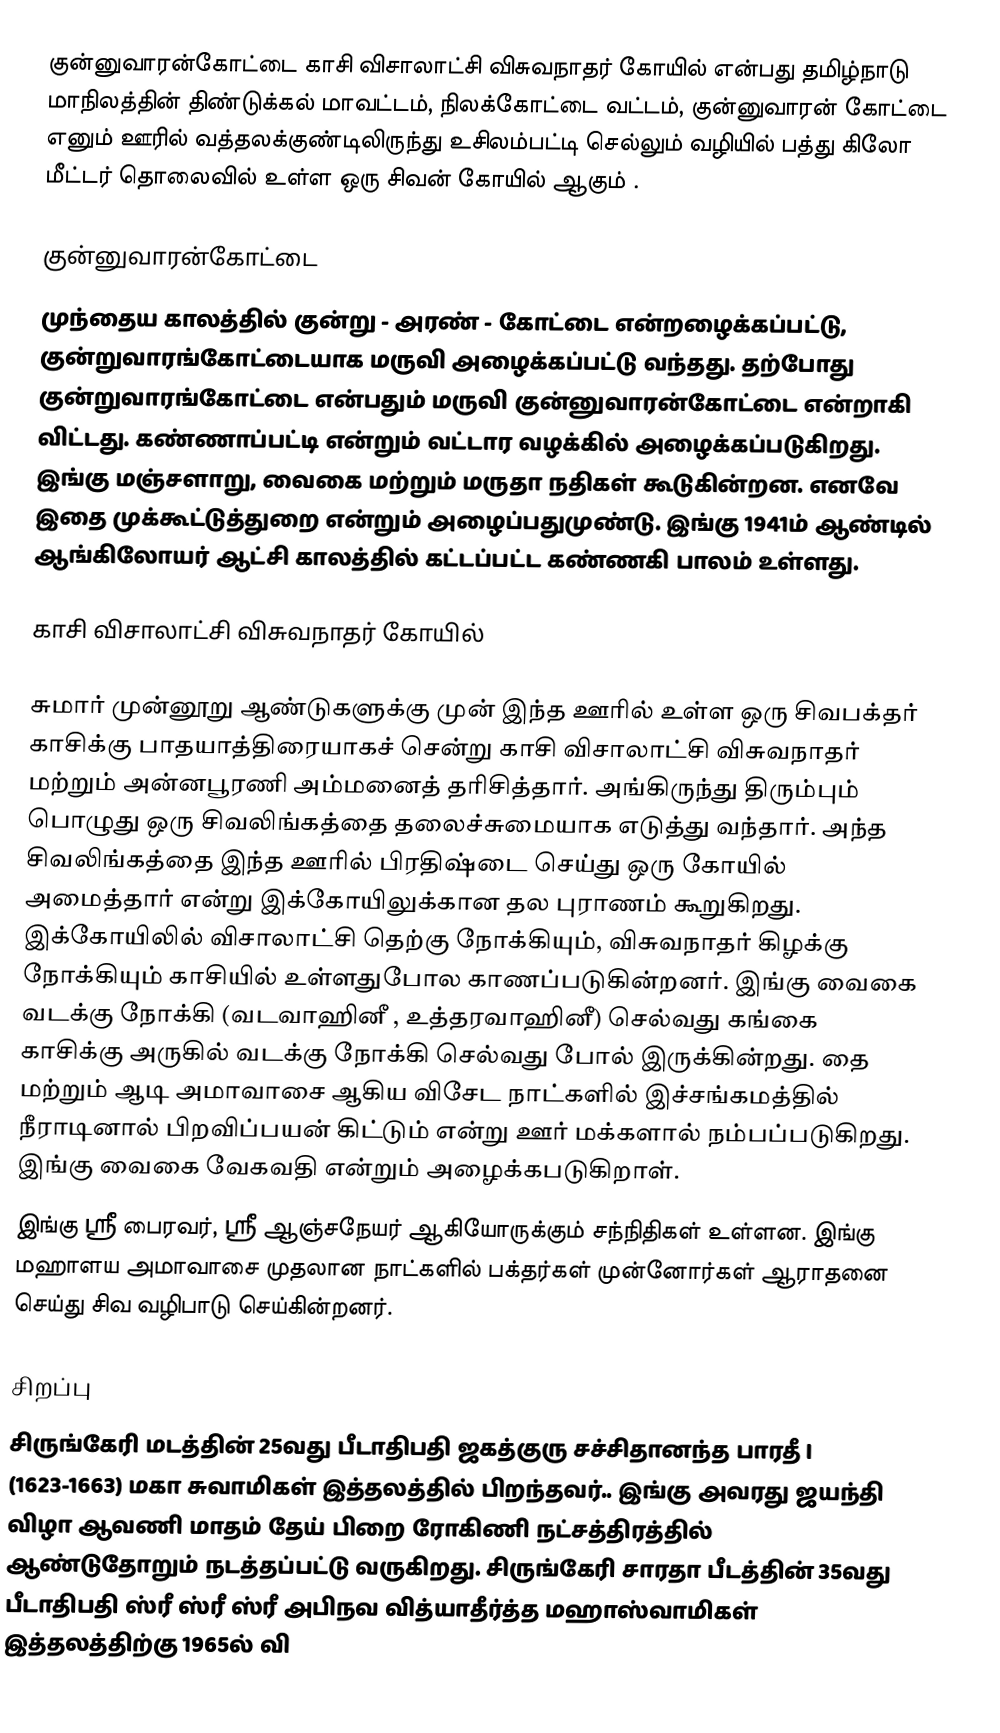
குன்னுவாரன்கோட்டை காசி விசாலாட்சி விசுவநாதர் கோயில் என்பது தமிழ்நாடு மாநிலத்தின் திண்டுக்கல் மாவட்டம், நிலக்கோட்டை வட்டம், குன்னுவாரன் கோட்டை எனும் ஊரில் வத்தலக்குண்டிலிருந்து உசிலம்பட்டி செல்லும் வழியில் பத்து கிலோ மீட்டர் தொலைவில் உள்ள ஒரு சிவன் கோயில் ஆகும் .

குன்னுவாரன்கோட்டை
முந்தைய காலத்தில்  குன்று - அரண் - கோட்டை என்றழைக்கப்பட்டு, குன்றுவாரங்கோட்டையாக மருவி அழைக்கப்பட்டு வந்தது. தற்போது குன்றுவாரங்கோட்டை என்பதும் மருவி குன்னுவாரன்கோட்டை என்றாகி விட்டது. கண்ணாப்பட்டி என்றும் வட்டார வழக்கில் அழைக்கப்படுகிறது. இங்கு மஞ்சளாறு, வைகை மற்றும் மருதா நதிகள் கூடுகின்றன. எனவே இதை முக்கூட்டுத்துறை என்றும் அழைப்பதுமுண்டு. இங்கு 1941ம் ஆண்டில் ஆங்கிலோயர் ஆட்சி காலத்தில் கட்டப்பட்ட கண்ணகி பாலம் உள்ளது.

காசி விசாலாட்சி விசுவநாதர் கோயில்

சுமார் முன்னூறு ஆண்டுகளுக்கு முன் இந்த ஊரில் உள்ள ஒரு சிவபக்தர் காசிக்கு பாதயாத்திரையாகச் சென்று காசி விசாலாட்சி விசுவநாதர் மற்றும் அன்னபூரணி அம்மனைத் தரிசித்தார். அங்கிருந்து திரும்பும் பொழுது ஒரு சிவலிங்கத்தை தலைச்சுமையாக எடுத்து வந்தார். அந்த சிவலிங்கத்தை இந்த ஊரில் பிரதிஷ்டை செய்து ஒரு கோயில் அமைத்தார் என்று இக்கோயிலுக்கான தல புராணம் கூறுகிறது. இக்கோயிலில் விசாலாட்சி தெற்கு நோக்கியும், விசுவநாதர் கிழக்கு நோக்கியும் காசியில் உள்ளதுபோல காணப்படுகின்றனர். இங்கு வைகை வடக்கு நோக்கி (வடவாஹினீ , உத்தரவாஹினீ) செல்வது கங்கை காசிக்கு அருகில் வடக்கு நோக்கி செல்வது போல் இருக்கின்றது. தை மற்றும் ஆடி அமாவாசை ஆகிய விசேட நாட்களில் இச்சங்கமத்தில் நீராடினால் பிறவிப்பயன் கிட்டும் என்று ஊர் மக்களால் நம்பப்படுகிறது. இங்கு வைகை வேகவதி என்றும் அழைக்கபடுகிறாள்.
இங்கு ஸ்ரீ பைரவர், ஸ்ரீ ஆஞ்சநேயர் ஆகியோருக்கும் சந்நிதிகள் உள்ளன. இங்கு மஹாளய அமாவாசை முதலான நாட்களில் பக்தர்கள் முன்னோர்கள் ஆராதனை செய்து சிவ வழிபாடு செய்கின்றனர்.

சிறப்பு
 சிருங்கேரி மடத்தின் 25வது பீடாதிபதி ஜகத்குரு சச்சிதானந்த பாரதீ I (1623-1663) மகா சுவாமிகள் இத்தலத்தில் பிறந்தவர்.. இங்கு அவரது ஜயந்தி விழா ஆவணி மாதம் தேய் பிறை ரோகிணி நட்சத்திரத்தில் ஆண்டுதோறும் நடத்தப்பட்டு வருகிறது. சிருங்கேரி சாரதா பீடத்தின் 35வது பீடாதிபதி ஸ்ரீ ஸ்ரீ ஸ்ரீ அபிநவ வித்யாதீர்த்த மஹாஸ்வாமிகள் இத்தலத்திற்கு 1965ல் வி